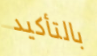
بالتأكيد